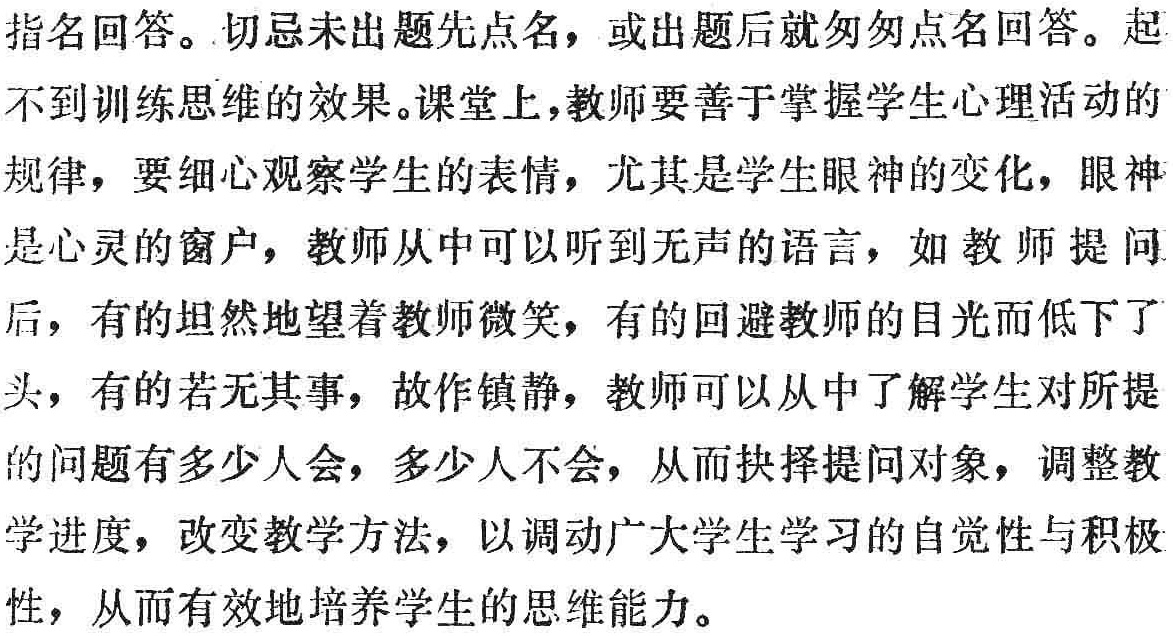
指名回答。切忌未出题先点名，或出题后就匆匆点名回答。起
不到训练思维的效果。课堂上，教师要善于掌握学生心理活动的
规律，要细心观察学生的表情，尤其是学生眼神的变化，眼神
是心灵的窗户，教师从中可以听到无声的语言，如教师提问
后，有的坦然地望着教师微笑，有的回避教师的目光而低下了
头，有的若无其事，故作镇静，教师可以从中了解学生对所提
的问题有多少人会，多少人不会，从而抉择提问对象，调整教
学进度，改变教学方法，以调动广大学生学习的自觉性与积极
性，从而有效地培养学生的思维能力。